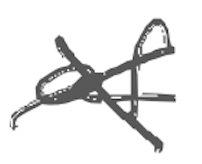
Text: of
Cross-out: cross
Writing tool: digital_gray